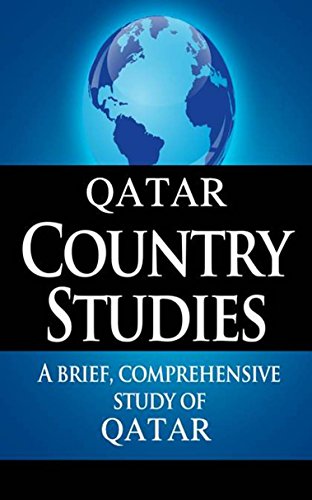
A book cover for QATAR Country Studies: A brief, comprehensive study of Qatar; CIA; History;